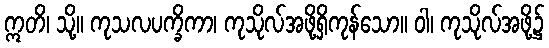
ဣတိ၊ သို့။ ကုသလပက္ခိကာ၊ ကုသိုလ်အဖို့ရှိကုန်သော။ ဝါ၊ ကုသိုလ်အဖို့၌